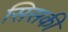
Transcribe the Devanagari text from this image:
सिसकी